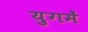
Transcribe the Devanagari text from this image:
युगमें